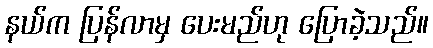
နယ်က ပြန်လာမှ ပေးမည်ဟု ပြောခဲ့သည်။